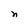
Character: n